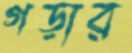
গড়ার